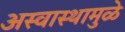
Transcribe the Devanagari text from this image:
अस्वास्थामुळे